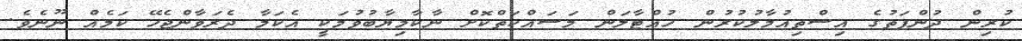
ކުރިން ދުންފަތުގެ އިސްތިއުމާލުކުރުން ހުއްޓާލަން މަސައްކަތްކޮށް ނާކާމިޔާބުވުމަކީ އެކަމާ ދެރަވާންޖެހޭ ކަމެއް ނޫނެވެ.